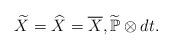
LaTeX: \begin{align*}\widetilde{X} = \widehat{X} = \overline{X} , \widetilde{\mathbb{P}}\otimes dt .\end{align*}